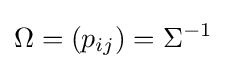
\Omega =(p_{ij})=\Sigma ^{-1}